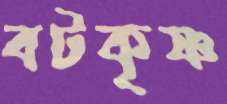
বটকৃষ্ণ